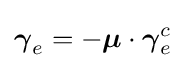
{\boldsymbol {\gamma }}_{e}=-{\boldsymbol {\mu }}\cdot {\boldsymbol {\gamma }}_{e}^{c}